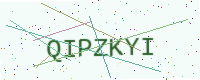
Text: QIPZKYI